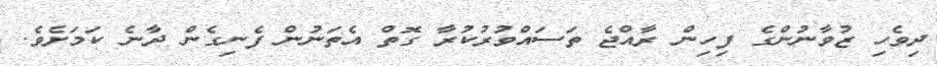
ދިވެހި ޒުވާނުންގެ ފިހިން ރާއްޖެ ތަސައްވުރުކުރާ ގޮތް އެތަނުން ފެނިގެން ދާނެ ކަމަށެވެ.